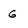
Character: g